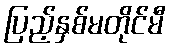
ပြည့်နှစ်မတိုင်မီ